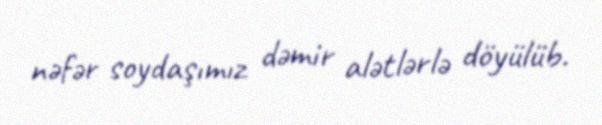
nəfər soydaşımız dəmir alətlərlə döyülüb.